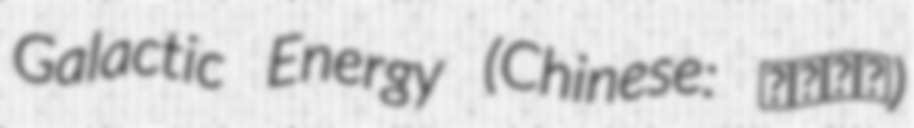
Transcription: Galactic Energy (Chinese: 星河动力)